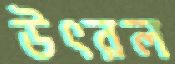
উৎরল